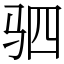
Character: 驷